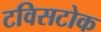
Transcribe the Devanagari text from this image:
टविसटोक